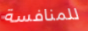
للمنافسة